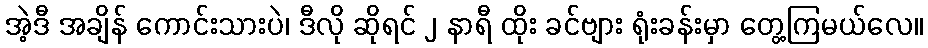
အဲ့ဒီ အချိန် ကောင်းသားပဲ၊ ဒီလို ဆိုရင် ၂ နာရီ ထိုး ခင်ဗျား ရုံးခန်းမှာ တွေ့ကြမယ်လေ။